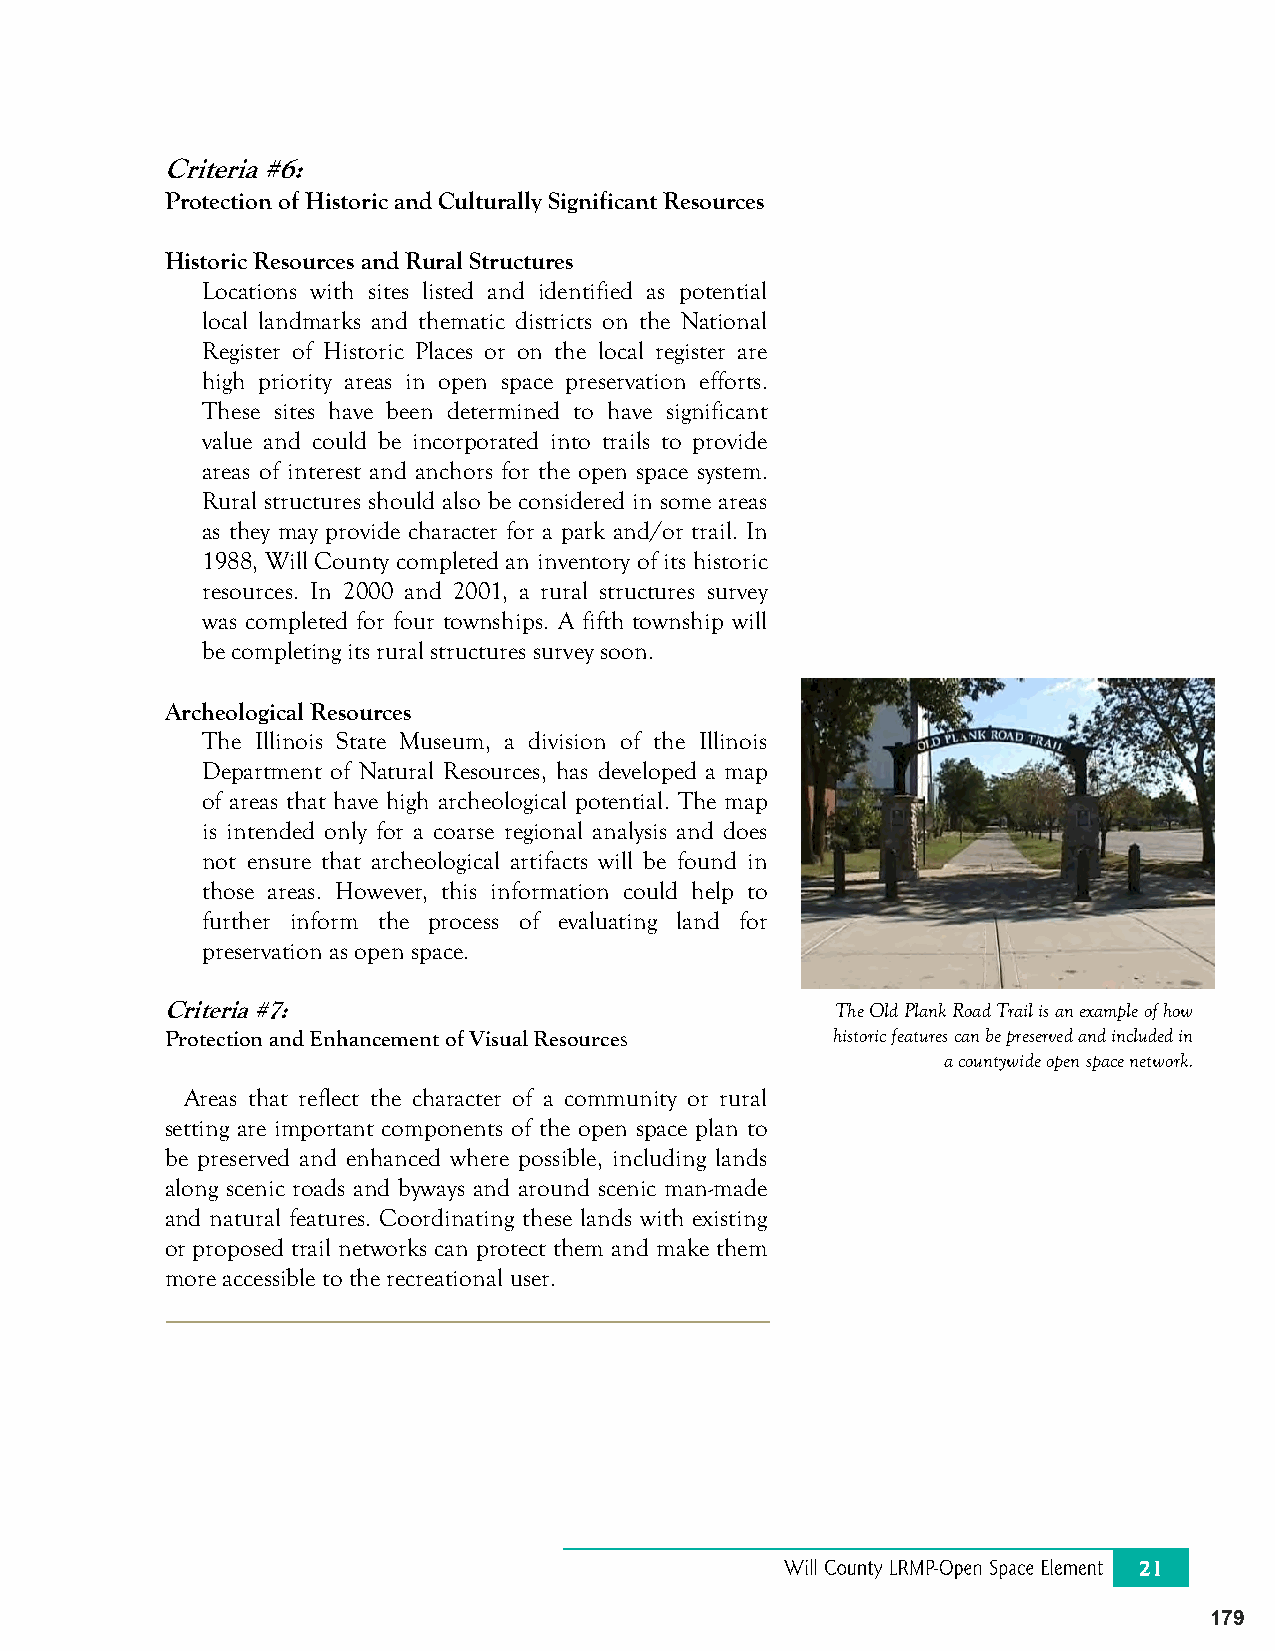
Criteria #6:
 Protection of Historic and Culturally Significant Resources
 Historic Resources and Rural Structures
 Locations with sites listed and identified as potential
 local landmarks and thematic districts on the National
 Register of Historic Places or on the local register are
 high priority areas in open space preservation efforts.
 These sites have been determined to have significant
 value and could be incorporated into trails to provide
 areas of interest and anchors for the open space system.
 Rural structures should also be considered in some areas
 as they may provide character for a park and/or trail. In
 1988, Will County completed an inventory of its historic
 resources. In 2000 and 2001, a rural structures survey
 was completed for four townships. A fifth township will
 be completing its rural structures survey soon.
 Archeological Resources
 The Illinois State Museum, a division of the Illinois
 Department of Natural Resources, has developed a map
 of areas that have high archeological potential. The map
 is intended only for a coarse regional analysis and does
 not ensure that archeological artifacts will be found in
 those areas. However, this information could help to
 further inform the process of evaluating land for
 preservation as open space.
 Criteria #7:                                The Old Plank Road Trail is an example of how
 Protection and Enhancement of Visual Resources historic features can be preserved and included in
 a countywide open space network.
 Areas that reflect the character of a community or rural
 setting are important components of the open space plan to
 be preserved and enhanced where possible, including lands
 along scenic roads and byways and around scenic man-made
 and natural features. Coordinating these lands with existing
 or proposed trail networks can protect them and make them
 more accessible to the recreational user.
 179